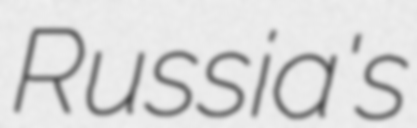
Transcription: Russia's